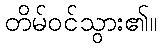
တိမ်ဝင်သွား၏။